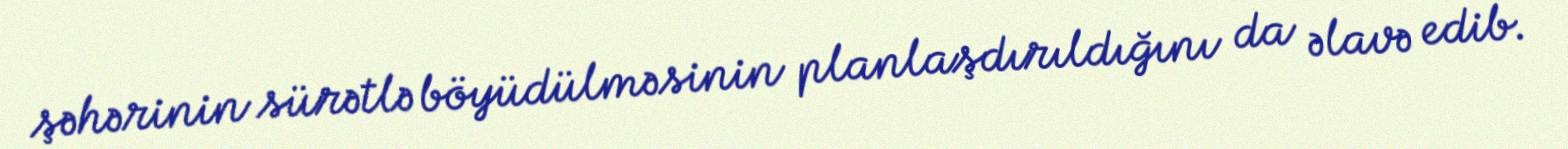
şəhərinin sürətlə böyüdülməsinin planlaşdırıldığını da əlavə edib.